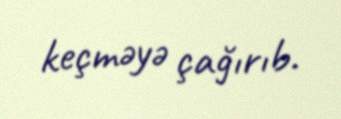
keçməyə çağırıb.